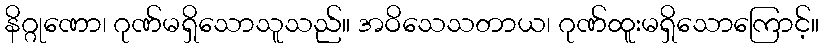
နိဂ္ဂုဏော၊ ဂုဏ်မရှိသောသူသည်။ အဝိသေသတာယ၊ ဂုဏ်ထူးမရှိသောကြောင့်။